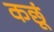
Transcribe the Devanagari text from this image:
कछूं